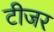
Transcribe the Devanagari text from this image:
टीजर